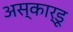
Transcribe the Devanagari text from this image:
अस्कार्डू